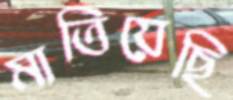
মাতিয়েছি